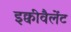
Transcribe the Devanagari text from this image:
इक्वीवैलेंट